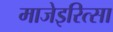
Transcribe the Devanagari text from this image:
माजेइरित्सा